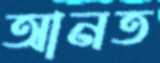
আনত